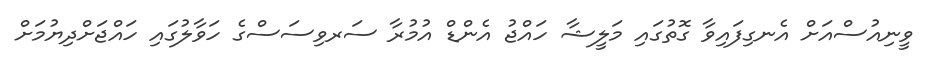
ވީނިއުސްއަށް އެނގިފައިވާ ގޮތުގައި މަލީޝާ ހައްޖު އެންޑް އުމުރާ ސަރވިސަސްގެ ހަވާލުގައި ހައްޖަށްދިޔުމަށް